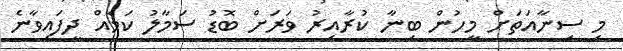
މި ސިނާއަތަށް މީހުން ބިނާ ކުރާއިރު ވަރަށް ބޮޑު ސަމާލު ކަމެއް ދީފައިވާނެ